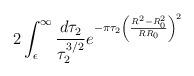
LaTeX: \begin{align*}2\int_{\epsilon}^{\infty}\frac{d\tau_{2}}{\tau_{2}^{3/2}}e^{-\pi\tau_{2}\left(\frac{R^{2}-R^{2}_{0}}{RR_{0}} \right)^{2}}\end{align*}